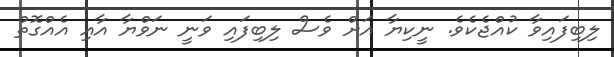
ލިބިފައިވާ ކުއްޖެކެވެ. ނީކިޔާ އަށް ވެސް ލިބިފައި ވަނީ ނަވްޔާ އާއި އެއްގޮތް